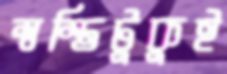
স্বস্তিটুকুই